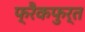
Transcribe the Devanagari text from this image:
फ्रैकफुर्त